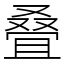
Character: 叠